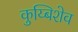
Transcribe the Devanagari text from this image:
कुय्बिशेव